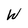
Character: W